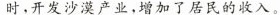
时。开发沙漠产业，增加了居民的收入。